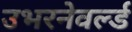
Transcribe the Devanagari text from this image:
उभरनेवर्ल्ड